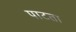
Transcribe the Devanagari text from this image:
पाटता